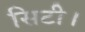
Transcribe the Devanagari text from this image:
सिटी।